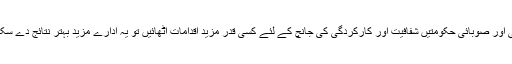
اگر وفاقی اور صوبائی حکومتیں شفافیت اور کارکردگی کی جانچ کے لئے کسی قدر مزید اقدامات اٹھائیں تو یہ ادارے مزید بہتر نتائج دے سکتے ہیں ۔